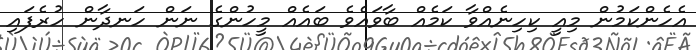
އެހެންކަމުން މިއީ ކިހިނެއްވާ ކަމެއް ބާވައެވެ ބައެއް މީހުންގެ ނަން ހަނދާން ހުރެފައި